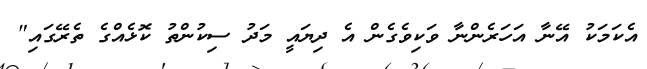
އެކަމަކު އޭނާ އަހަރެންނާ ވަކިވެގެން އެ ދިޔައީ މަދު ސިކުންތު ކޮޅެއްގެ ތެރޭގައި"